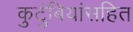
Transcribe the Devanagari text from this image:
कुटुंबियांसहित